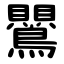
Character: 鸎